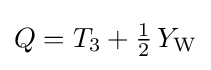
Q=T_{3}+{\tfrac {1}{2}}\,Y_{\mathrm {W} }